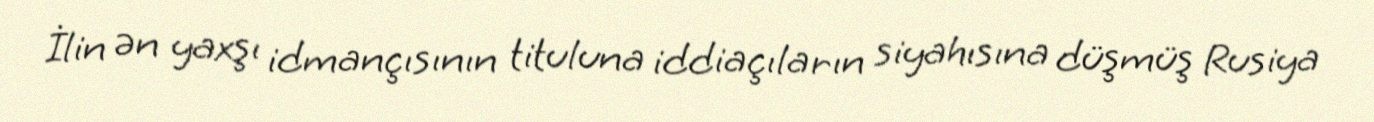
İlin ən yaxşı idmançısının tituluna iddiaçıların siyahısına düşmüş Rusiya